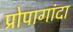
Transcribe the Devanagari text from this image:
प्रोपागांदा